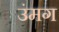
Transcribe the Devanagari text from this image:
उंमग